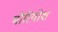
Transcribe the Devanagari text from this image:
मोरियोश